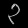
Digit: ၃